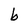
Character: b